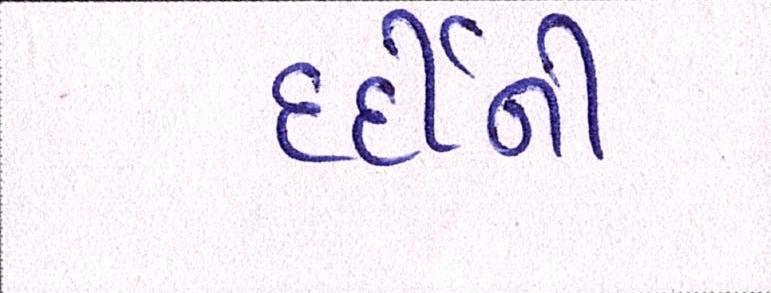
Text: દર્દીની